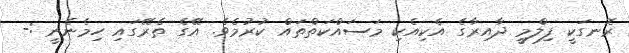
ރޮނގަކީ ފިލްމީ ދާއިރާގެ އެކިއެކި މަސައްކަތްތައް ކުރުމެވެ. އޭގެ ތެރޭގައި ހިމެނެނީ :-